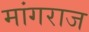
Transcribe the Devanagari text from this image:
मांगराज